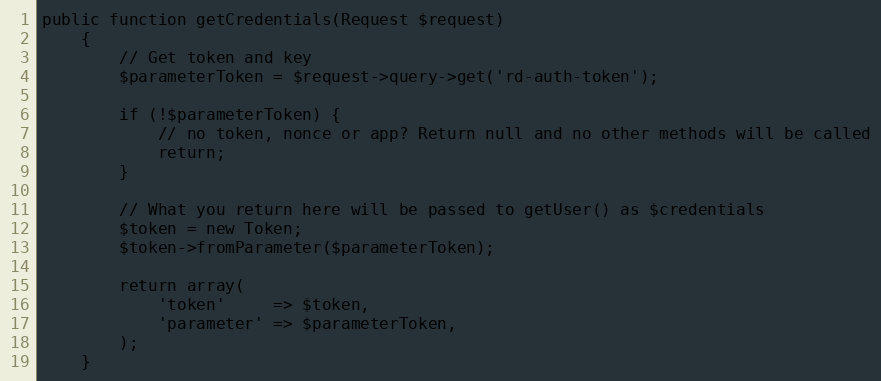
Language: PHP
public function getCredentials(Request $request)
    {
        // Get token and key
        $parameterToken = $request->query->get('rd-auth-token');

        if (!$parameterToken) {
            // no token, nonce or app? Return null and no other methods will be called
            return;
        }

        // What you return here will be passed to getUser() as $credentials
        $token = new Token;
        $token->fromParameter($parameterToken);

        return array(
            'token'     => $token,
            'parameter' => $parameterToken,
        );
    }